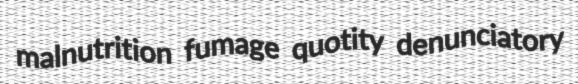
malnutrition fumage quotity denunciatory